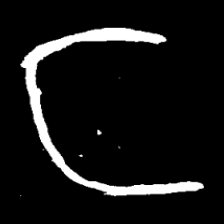
Pyu character \u2014 Myanmar letter: င (romanized: nga)